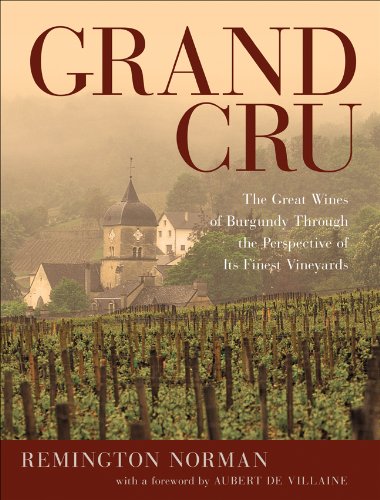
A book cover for Grand Cru: The Great Wines of Burgundy Through the Perspective of Its Finest Vineyards; Remington Norman; Christian Books & Bibles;